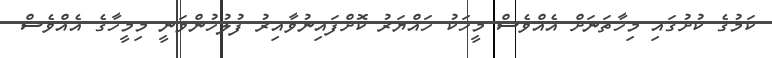
ކަމުގެ ކުށުގައި މިހާތަނަށް އެއްވެސް މީހަކު ހައްޔަރު ކޮށްފައިނުވާއިރު ފުލުހުންވަނީ މިމީހާގެ އެއްވެސް